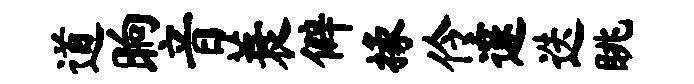
道晌音蓑僻掾伶邃迭眺